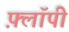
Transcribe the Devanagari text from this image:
फ़्लॉपी